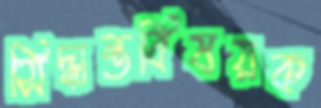
সিদ্ধান্তবিষয়ক